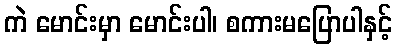
ကဲ မောင်းမှာ မောင်းပါ၊ စကားမပြောပါနှင့်